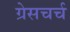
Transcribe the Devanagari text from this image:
ग्रेसचर्च